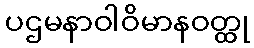
ပဌမနာဝါဝိမာနဝတ္ထု